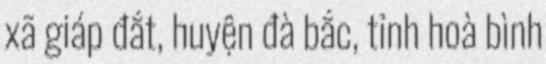
xã giáp đắt, huyện đà bắc, tỉnh hoà bình